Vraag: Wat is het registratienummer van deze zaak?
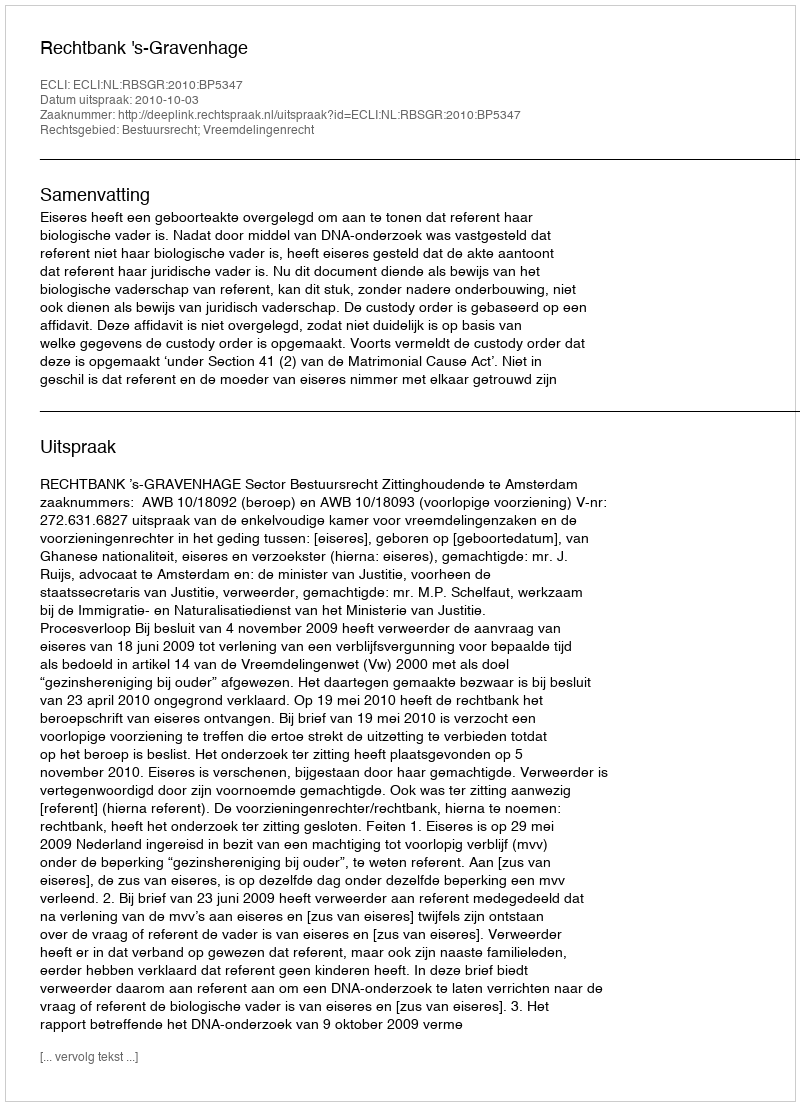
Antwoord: http://deeplink.rechtspraak.nl/uitspraak?id=ECLI:NL:RBSGR:2010:BP5347